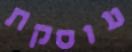
עוסקת